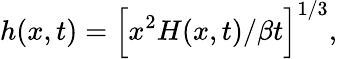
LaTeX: h(x,t)=\Big[x^{2}H(x,t)/\beta t\Big]^{1/3},